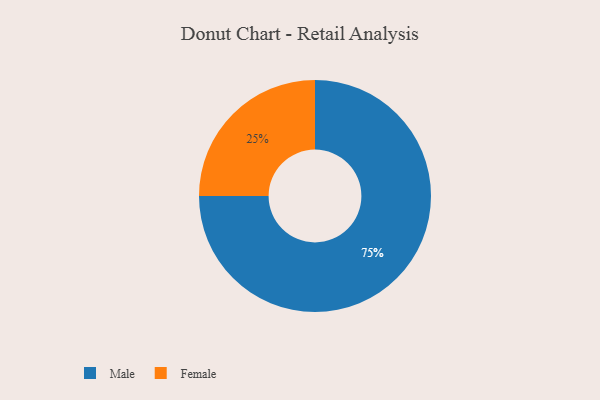
{"axis": {"x": "Category", "y": "Percentage"}, "legend": ["Female", "Male"], "data": [{"x": "Male", "y": 75, "type": "Male"}, {"x": "Female", "y": 25, "type": "Female"}]}